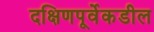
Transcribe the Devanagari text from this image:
दक्षिणपूर्वेकडील